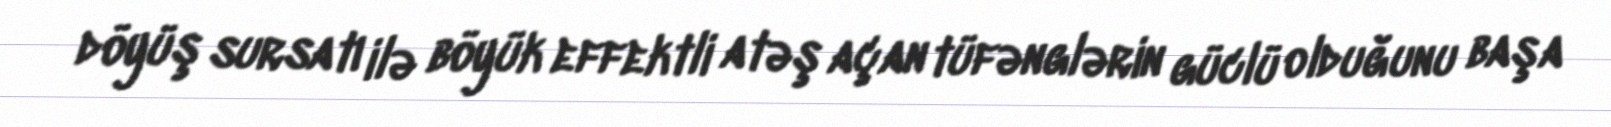
döyüş sursatı ilə böyük effektli atəş açan tüfənglərin güclü olduğunu başa